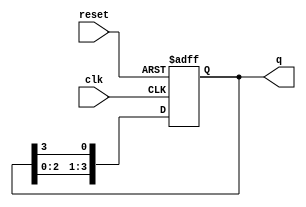
module ring_counter (
    input wire clk,        // Clock signal
    input wire reset,      // Asynchronous reset signal
    output reg [N-1:0] q   // Output of the ring counter
);
    parameter N = 4; // Number of flip-flops (memory blocks), modify as needed

    // Asynchronous reset and counting logic
    always @(posedge clk or posedge reset) begin
        if (reset) begin
            q <= 1'b1; // Reset to initial state (first flip-flop high)
        end else begin
            q <= {q[N-2:0], q[N-1]}; // Shift the '1' to the next flip-flop
        end
    end
endmodule